Vital statistics of India. Vol. IV, Annual returns from 1871 to 1876. British Army of India, Native Army and jails of Bengal
Year: 1871
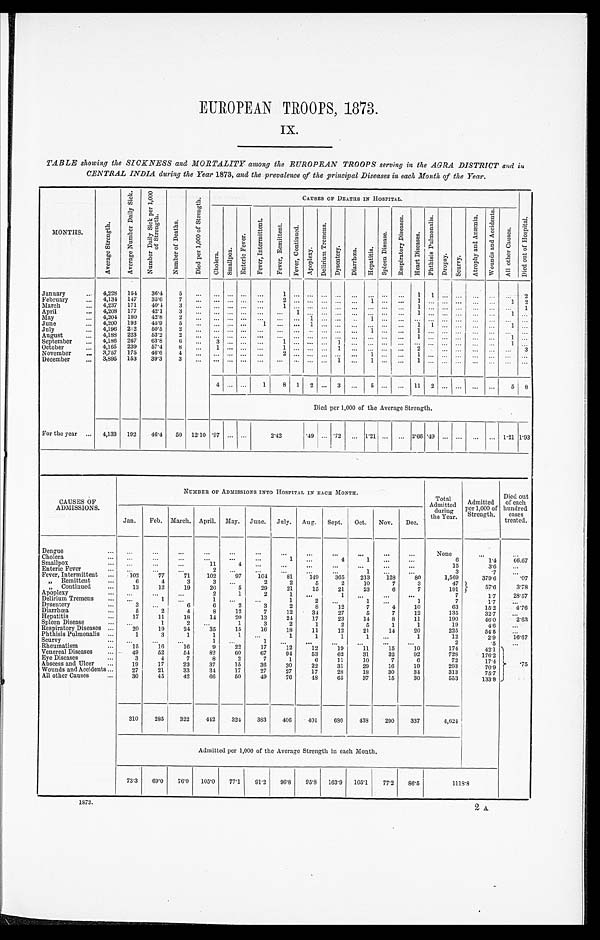
EUROPEAN TROOPS, 1873.
IX.
TABLE showing the SICKNESS and MORTALITY among the EUROPEAN TROOPS serving in the AGRA DISTRICT and in
CENTRAL INDIA during the Year 1873, and the prevalence of the principal Diseases in each Month of the Year.
MONTHS.
A v e r a g e S t r e n g t h .
A v e r a g e N u m b e r D a i l y S i c k .
N u m b e r D a i l y S i c k p e r 1 , 0 0 0 o f S t r e n g t h .
N u m b e r o f D e a t h s .
D i e d p e r 1 , 0 0 0 o f S t r e n g t h .
CAUSES OF DEATHS IN HOSPITAL.
D i e d o u t o f H o s p i t a l .
C h o l e r a . S m a l l p o x .
E n t e r i c F e v e r .
F e v e r , I n t e r m i t t e n t .
F e v e r , R e m i t t e n t . F e v e r , C o n t i n u e d .
A p o p l e x y .
D e l i r i u m T r e m e n s .
D y s e n t e r y . D i a r r h œ a . H e p a t i t i s .
S p l e e n D i s e a s e .
R e s p i r a t o r y D i s e a s e s .
H e a r t D i s e a s e s .
P h t h i s i s P u l m o n a l i s .
D r o p s y . S c u r v y .
A t r o p h y a n d A n æ m i a .
W o u n d s a n d A c c i d e n t s .
A l l o t h e r C a u s e s .
January . . .
4, 228 154 36.4 5
. . .
. . . . . . . . . . . .
1 . . . . . . . . . . . . . . .. . . . . . . . . 1
1 . . . . . . . . . . . . . . .2
February . . . 4,134 147 35.6
7
. . .
. . . . . . . . .. . . 2 . . . . . . . . . . . . . . .1
. . . . . . 1
. . . . . . . . . . . . . . . 1 2
March . . .
4,237 171 40.4
3
. . .
. . . . . . . . . . . . 1 . . . . . . . . . . . . . . . . . . . . . . . . 1
. . . . . . . . . . . . . . .. . . 1
April . . .
4,208 177 42.1 3
. . .
. . . . . . . . . . . .
. . . 1 . . . . . . . . . . . . . . . . . . . . . 1
. . . . . . . . . . . . . . .1 . . .
May . . .
4,204 180 42.8
2 . . .
. . . . . . . . . . . .
. . . . . .
1 . . . . . . . . .1
. . . . . . . . . . . . . . . . . . . . . . . . . . . . . .
June . . .
4,200 193 45.9 5
. . .
. . . . . . . . .
1 . . . . . .
1 . . . . . . . . .. . . . . . . . . 1
1 . . . . . . . . . . . . 1 . . .
July . . .
4,196 212 50.5
2
. . .
. . . . . . . . .
. . . . . . . . . . . . . . . . . . . . .1
. . . . . . 1
. . . . . . . . . . . . . . . . . . . . .
August . . .
4,188 223 53.2
2
. . .
. . . . . . . . .
. . . . . . . . . . . . . . . . . . . . . . . . . . . . . . 1
. . . . . . . . . . . . . . . 1 . . .
September . . . 4,186 267 63.8
6
. . .
3 . . . . . .
. . . 1 . . . . . . . . . 1 . . .. . . . . . . . .
. . . . . . . . . . . . . . . . . .1 . . .
October . . .
4,165 239 57.4 8
. . .
1 . . . . . .
. . . 1 . . . . . . . . . 1 . . .. . . . . . . . .
2
. . . . . . . . . . . . . . . . . . 3
November . . . 3,757 175 46.6
4
. . .
. . . . . . . . .
. . . 2 . . . . . . . . . . . . . . .1
. . . . . .
1
. . . . . . . . .
. . .
. . . . . .. . .
December . . . 3,895 153 39.3 3
. . .
. . . . . . . . . . . .
. . . . . . . . . . . . 1 . . .1
. . . . . .
1
. . . . . . . . .
. . .
. . . . . . . . .
4 . . . . . . 1 8 1 2 . . . 3 . . .5
. . . . . .
11 2 . . . . . .
. . .
. . . 5 8
Died per 1,000 of the Average Strength.
For the year . . . 4,133 192 46.4 50 12.10 .97 . . . . . .
2.42
.49 . . . .72 . . . 1.21 . . .
. . . 2.66 .49 . . . . . .
. . . . . . 1.21 1.93
CAUSES OF
ADMISSIONS.
NUMBER OF ADMISSIONS INTO HOSPITAL IN EACH MONTH.
Total
Admitted d u r i n g
the Year.
Admitted
per 1,000 of
Strength.
Died out
of each
hundred cases
treated.
Jan. Feb. March. April. May. June. July. Aug. Sept. Oct. Nov. Dec.
Dengue . . .
. . .
. . .
. . .
. . .
. . .
. . .
. . .
. . . . . .
. . .
. . .
. . . None
. . .
. . .
C h o l e r a . . .
. . .
. . .
. . .
. . .
. . .
. . .
1
. . .
4
1
. . . . . .
6
1.4 66.67
Smallpox . . . . . .
. . .
. . .
11
4
. . .
. . .
. . .
. . . . . .
. . .
. . .
15
3 . 6
. . .
Enteric Fever . . . . . .
. . .
. . .
2
. . . . . .
. . .
. . . . . .
1
. . .
. . .
3
. 7
. . .
Fever, Intermittent . . . 102
77
71 102
97 104 81 149 365 213 128
80
1,569
379.6
.07
" Remittent . . .
6
4
3
3
. . .
2
2
5
2
10
7
3
47
57.6
3.78
" C o n t i n u e d . . .
13
12
19
20
5
29
21
15
21
23
6
7
191
Apoplexy . . .
. . . . . .
. . .
2
1
2
1
. . .
1 . . .
. . . . . .
7
1.7 28.57
Delirium Tremens . . . . . .
1
. . .
1
. . .
. . .
1
2
. . .
1
. . .
1
7
1.7
. . .
Dysentery . . .
3
. . .
6
6
2
3
2
8
12
7
4
10
63
15.2
4.76
Diarrhœa . . .
5
2
4
8
12
7
12
34
27
5
7
12
135
32.7
Hepatitis . . .
17
11
18
14
20
13
24
17
23
14
8
11
190
46.0
2.63
Spleen Disease . . .
. . .
1
2
. . .
1
3
2
1
2
5
1
1
19
4.6
. . .
Respiratory Diseases . . . 20
19
24
35
15
16
18
11
12
21
14
20
225
54.5
. . .
P h t h i s i s P u l m o n a l i s . . .
1
3
1
1
1
. . .
1
1
1
1
. . .
1
12
2.9 16.67
S c u r v y . . . . . .
. . . . . .
1
. . .
1
. . .
. . . . . .
. . .
. . . . . .
2
. 5
. . .
Rheumatism . . .
15
16
1 6
9
22
17
12
12
19
1 1 15
10
174
42.1 . 7 5
Venereal Diseases . . . 49
52
54 82
60
67
94
53
62
31
32
92
728
176.2
Eye Diseases . . .
3
4
7
8
2
7
1
6 11
10
7
6
72
17.4
Abscess and Ulcer . . . 19
17
22
37
15
36
30
22
31
29
16
19
293
70.9
Wounds and Accidents . . . 27
21
33
34
17
27
27
17
28 18
30
34
313
75.7
All other Causes . . .
30
45
42
66
50
49
76
48 65
37
15
30
553
133.8
310 285 322 442 324 383 406 401 686 438 290 337
4,624
Admitted per 1,000 of the Average Strength in each Month.
73.3 69.0 76.0 105.0 77.1 91.2 96.8 95.8 163.9 105.1 77.2 86.5
1 1 1 8 . 8
1873.
2 A